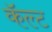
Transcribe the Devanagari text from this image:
कॅल्ट